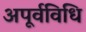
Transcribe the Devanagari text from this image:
अपूर्वविधि